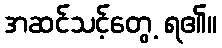
အဆင်သင့်တွေ့ ရ၏။